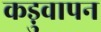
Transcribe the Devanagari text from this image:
कड़ुवापन